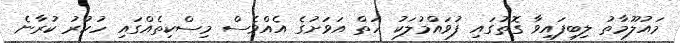
މައުލޫމާތު ލިބިފައިވާ ގޮތުގައި ފުވައްމުލަކު ހަތް އަވަށުގެ އެއްވެސް މިސްކިތެއްގައި ހުކުރު ކުރާނެ